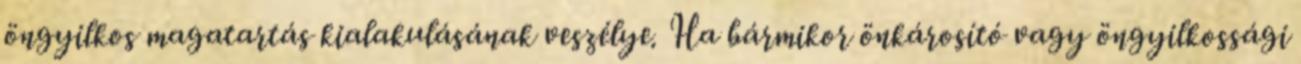
öngyilkos magatartás kialakulásának veszélye. Ha bármikor önkárosító vagy öngyilkossági